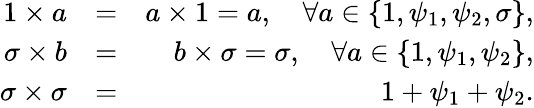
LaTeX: \begin{array}{rlr}{1\times a}&{=}&{a\times 1=a,\quad\forall a\in\{ 1,\psi_{1},\psi_{2},\sigma\} ,}\\ {\sigma\times b}&{=}&{b\times\sigma=\sigma,\quad\forall a\in\{ 1,\psi_{1},\psi_{2}\} ,}\\ {\sigma\times\sigma}&{=}&{1+\psi_{1}+\psi_{2}.}\end{array}